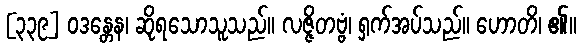
[၃၃၉] ဝဒန္တေန၊ ဆိုရသောသူသည်။ လဇ္ဇိတဗ္ဗံ၊ ရှက်အပ်သည်။ ဟောတိ၊ ၏။